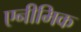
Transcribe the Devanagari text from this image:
एनीमिक